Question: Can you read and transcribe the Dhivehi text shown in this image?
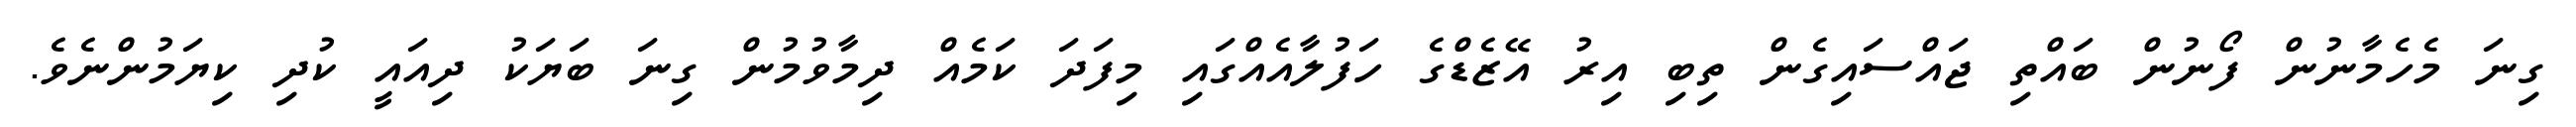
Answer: ގިނަ މެހެމާނުން ފޯނުން ބައްތި ޖައްސައިގެން ތިބި އިރު އޭޒެޑްގެ ހަފުލާއެއްގައި މިފަދަ ކަމެއް ދިމާވުމުން ގިނަ ބަޔަކު ދިއައީ ކުދި ކިޔަމުންނެވެ.